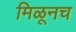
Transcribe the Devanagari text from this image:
मिळूनच